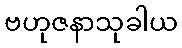
ဗဟုဇနာသုခါယ